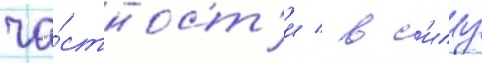
ча́стност'и / в с'илу